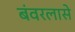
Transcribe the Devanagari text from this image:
बंवरलासे